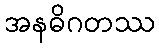
အနဓိဂတဿ